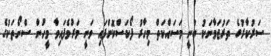
ސަރުކާރުގެ ތަރުޖަމާނަކު ބުނީ މަސައްކަތް މިހާރު ފޯކަސްކޮށްފައި ވަނީ މަރުވެފައިވާ މީހުން ސްނޯތަކުގެ